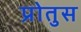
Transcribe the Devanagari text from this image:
प्रोतुस